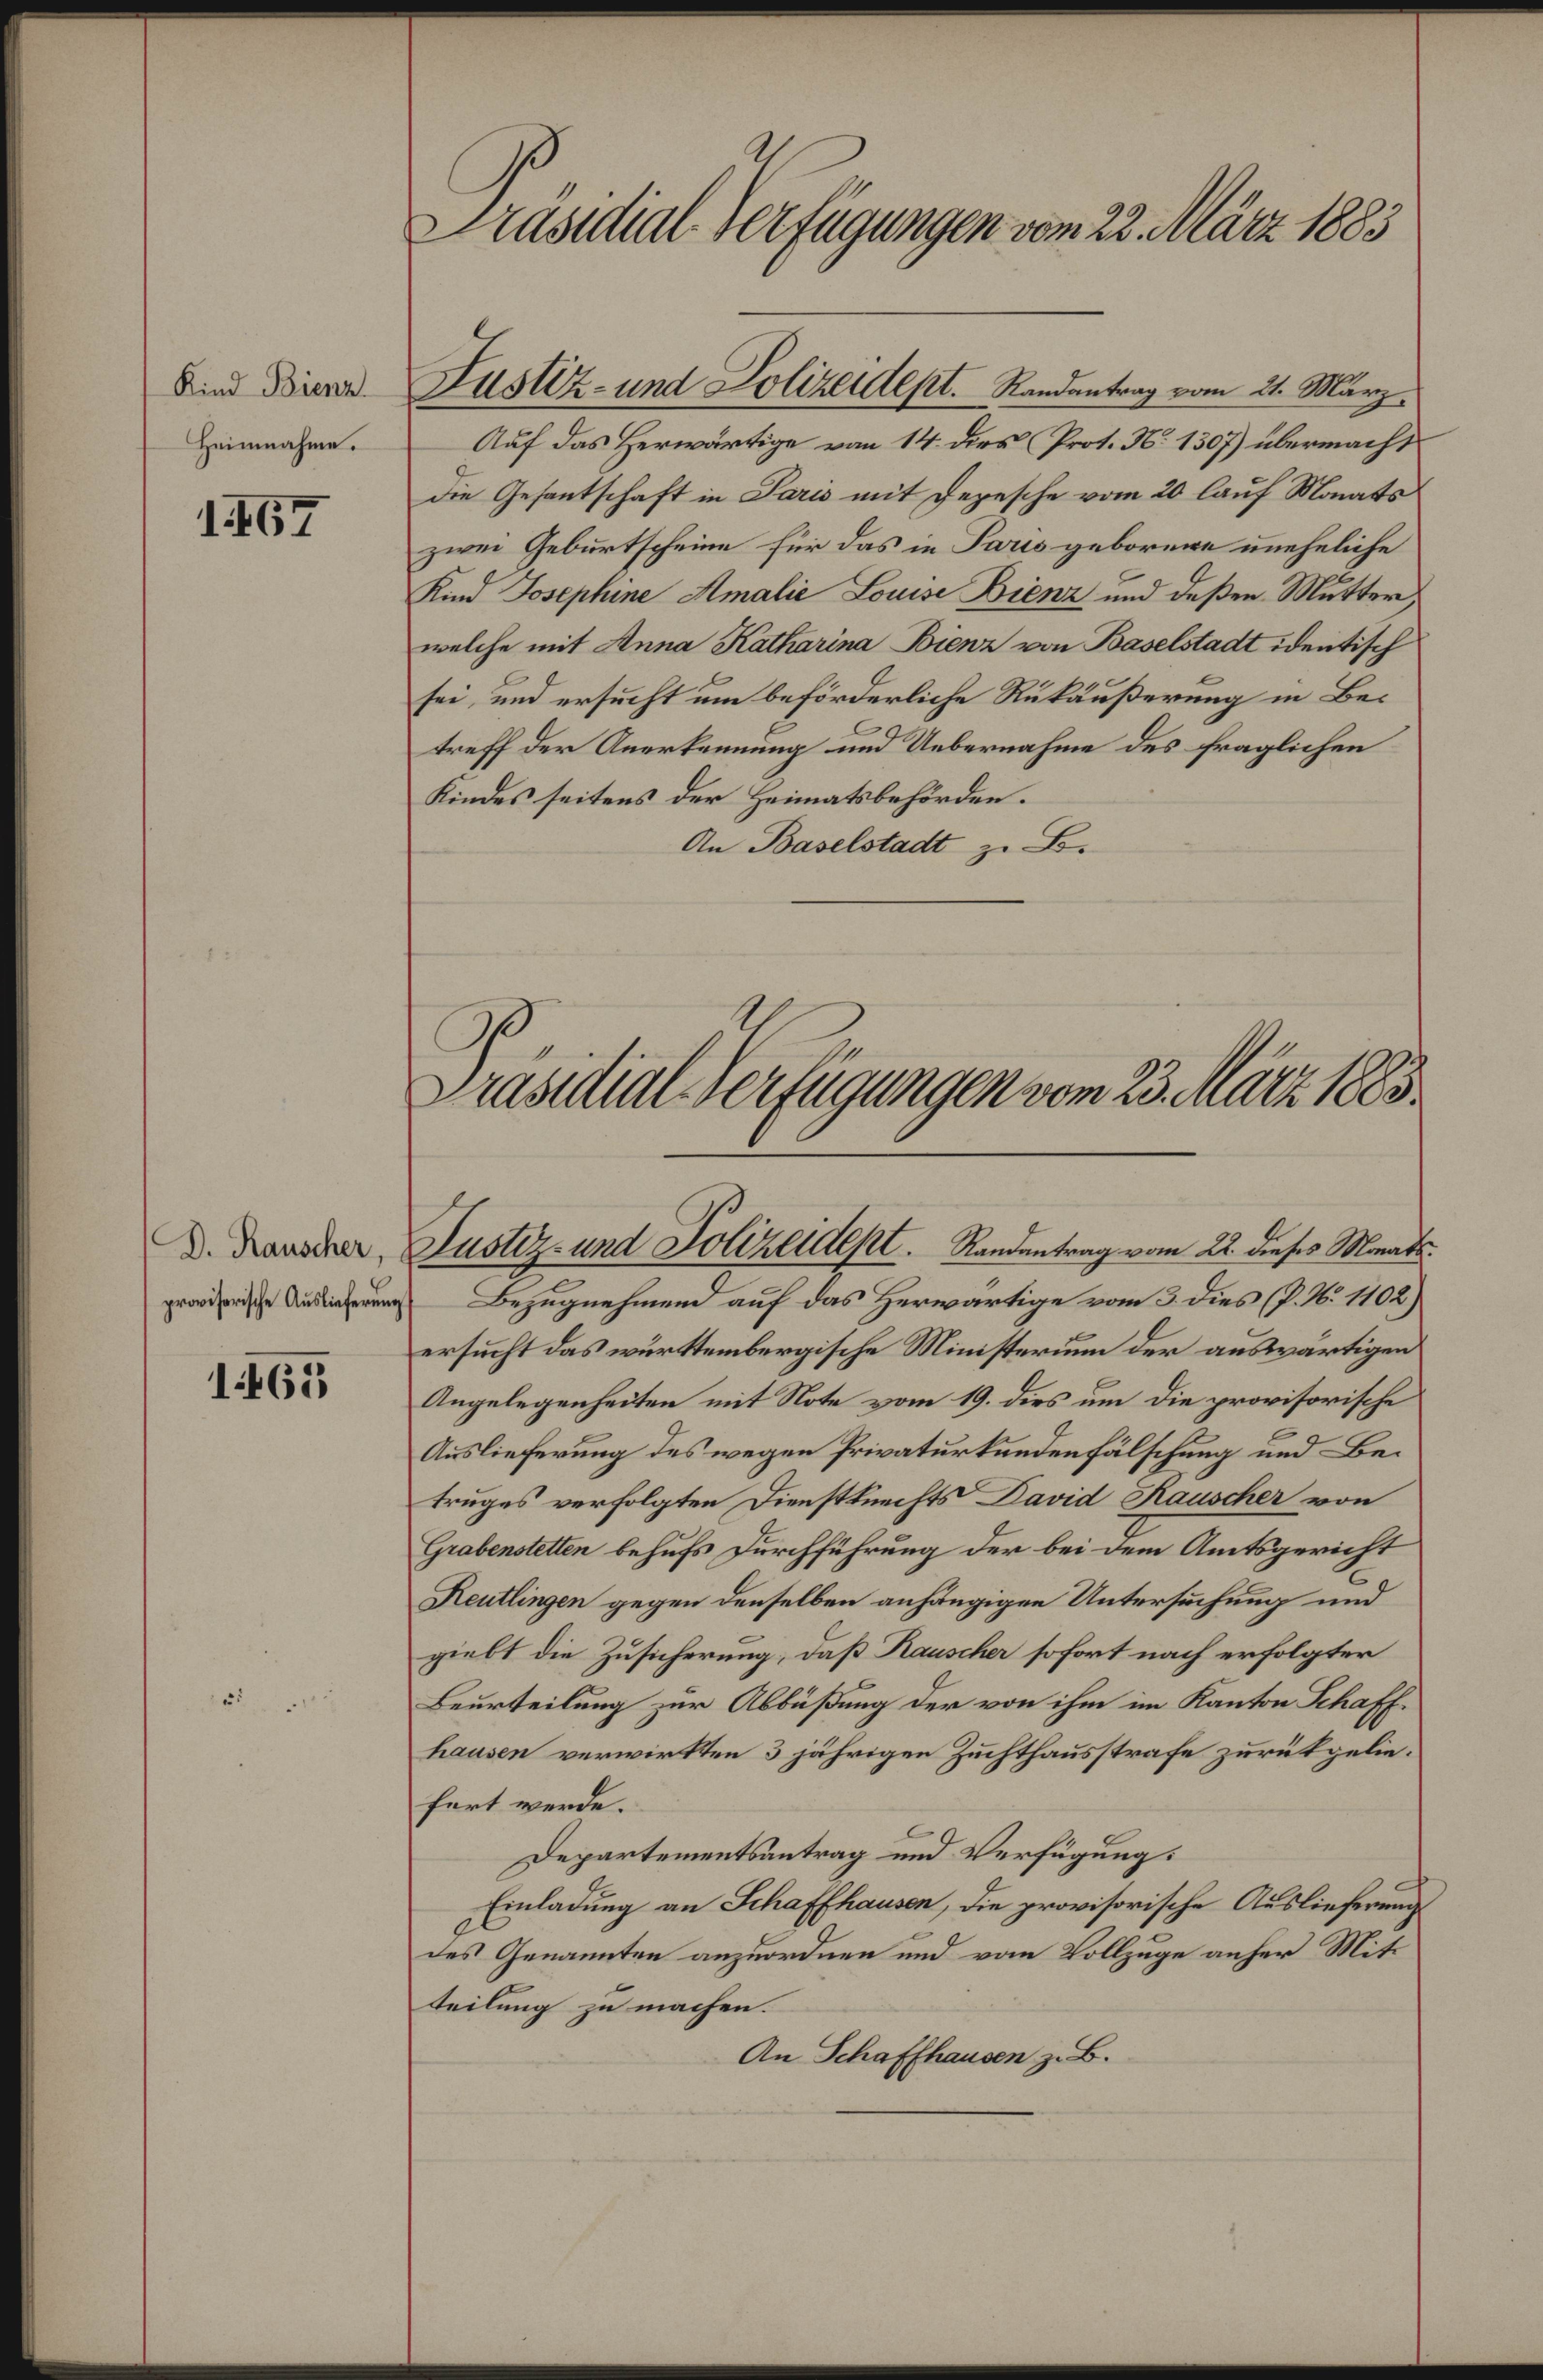
Fisill euptgengen von atl6r.
nd Binr
Heimnahme.
180t
tast. nt  oAieusheet. Sadentrg ean 2. Marz¬
Auf das Herwärtige vom 14 Bes Pat. 3. 189 ülernachs
de Gesantschaft r a mit dezesche vom 20 Aauf Mnats
zuei Geburtscheinn für das in Raus geborene rnehelihe
Kand Tptin male Bonm Btnn und deßsen Mutter
welche mit nna alharinn Dione en Baalstatl identisch
sei und ersucht um beförderliche Rüttußerung in Be¬
treff der Anertennung und Vebernahme des fraglichen
indes seitens der Heimatbehördeen.
An Basulstal z B¬
. tl tAatgelgegt entntr1ä
 . Ranahar,
prwaifsaffe Aslafenungf
1400
Jusz.rt sJalizeieI. Sadentangem 2 dst. Mrts
Bezugnehmend auf das Herwartge vwom 3 dDas J. 107
ersucht das wurttenbergische Mnsterum der auteärtigen.
Augelegenheiten mit Note vom 9. Drs um die prorisorische
Auslieferung des wegen Prnaturtundenfülschung und Be¬
truges verfolgten Dinsttuchts Baid Rantar von
Heabnteln behufs dDurhfährung der bei dem Amsgericht
Reutligen gegen denselben anhngigen Untersechung und
gelt die Zusicherung, daß Rannlr sofort nach erfolgter
Beurteilung zur Allüßung der von ihm in Kantn RBhaff.
kaan verwirtten  jährigen Zuchthausstrafe zurütgelin.
fert vrrde.
Departementsntrag und Verfügung:
Enladung an Schaffkan, die zrowisrische Asliefung
des Genaunten anzuordnen und vom Vollzuge auher Mit
teilung zu machen.
An Shafflanan z B.